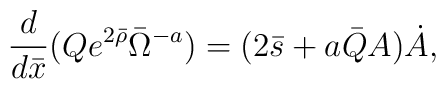
\frac{d}{d\bar{x}} ( Q e^{2\bar{\rho}} \bar{\Omega}^{-a} )  = ( 2 \bar{s} +  a \bar{Q} A ) \dot{A} ,